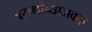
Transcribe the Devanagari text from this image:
बसथांब्याजवळ